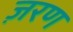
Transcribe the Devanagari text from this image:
ज़रण